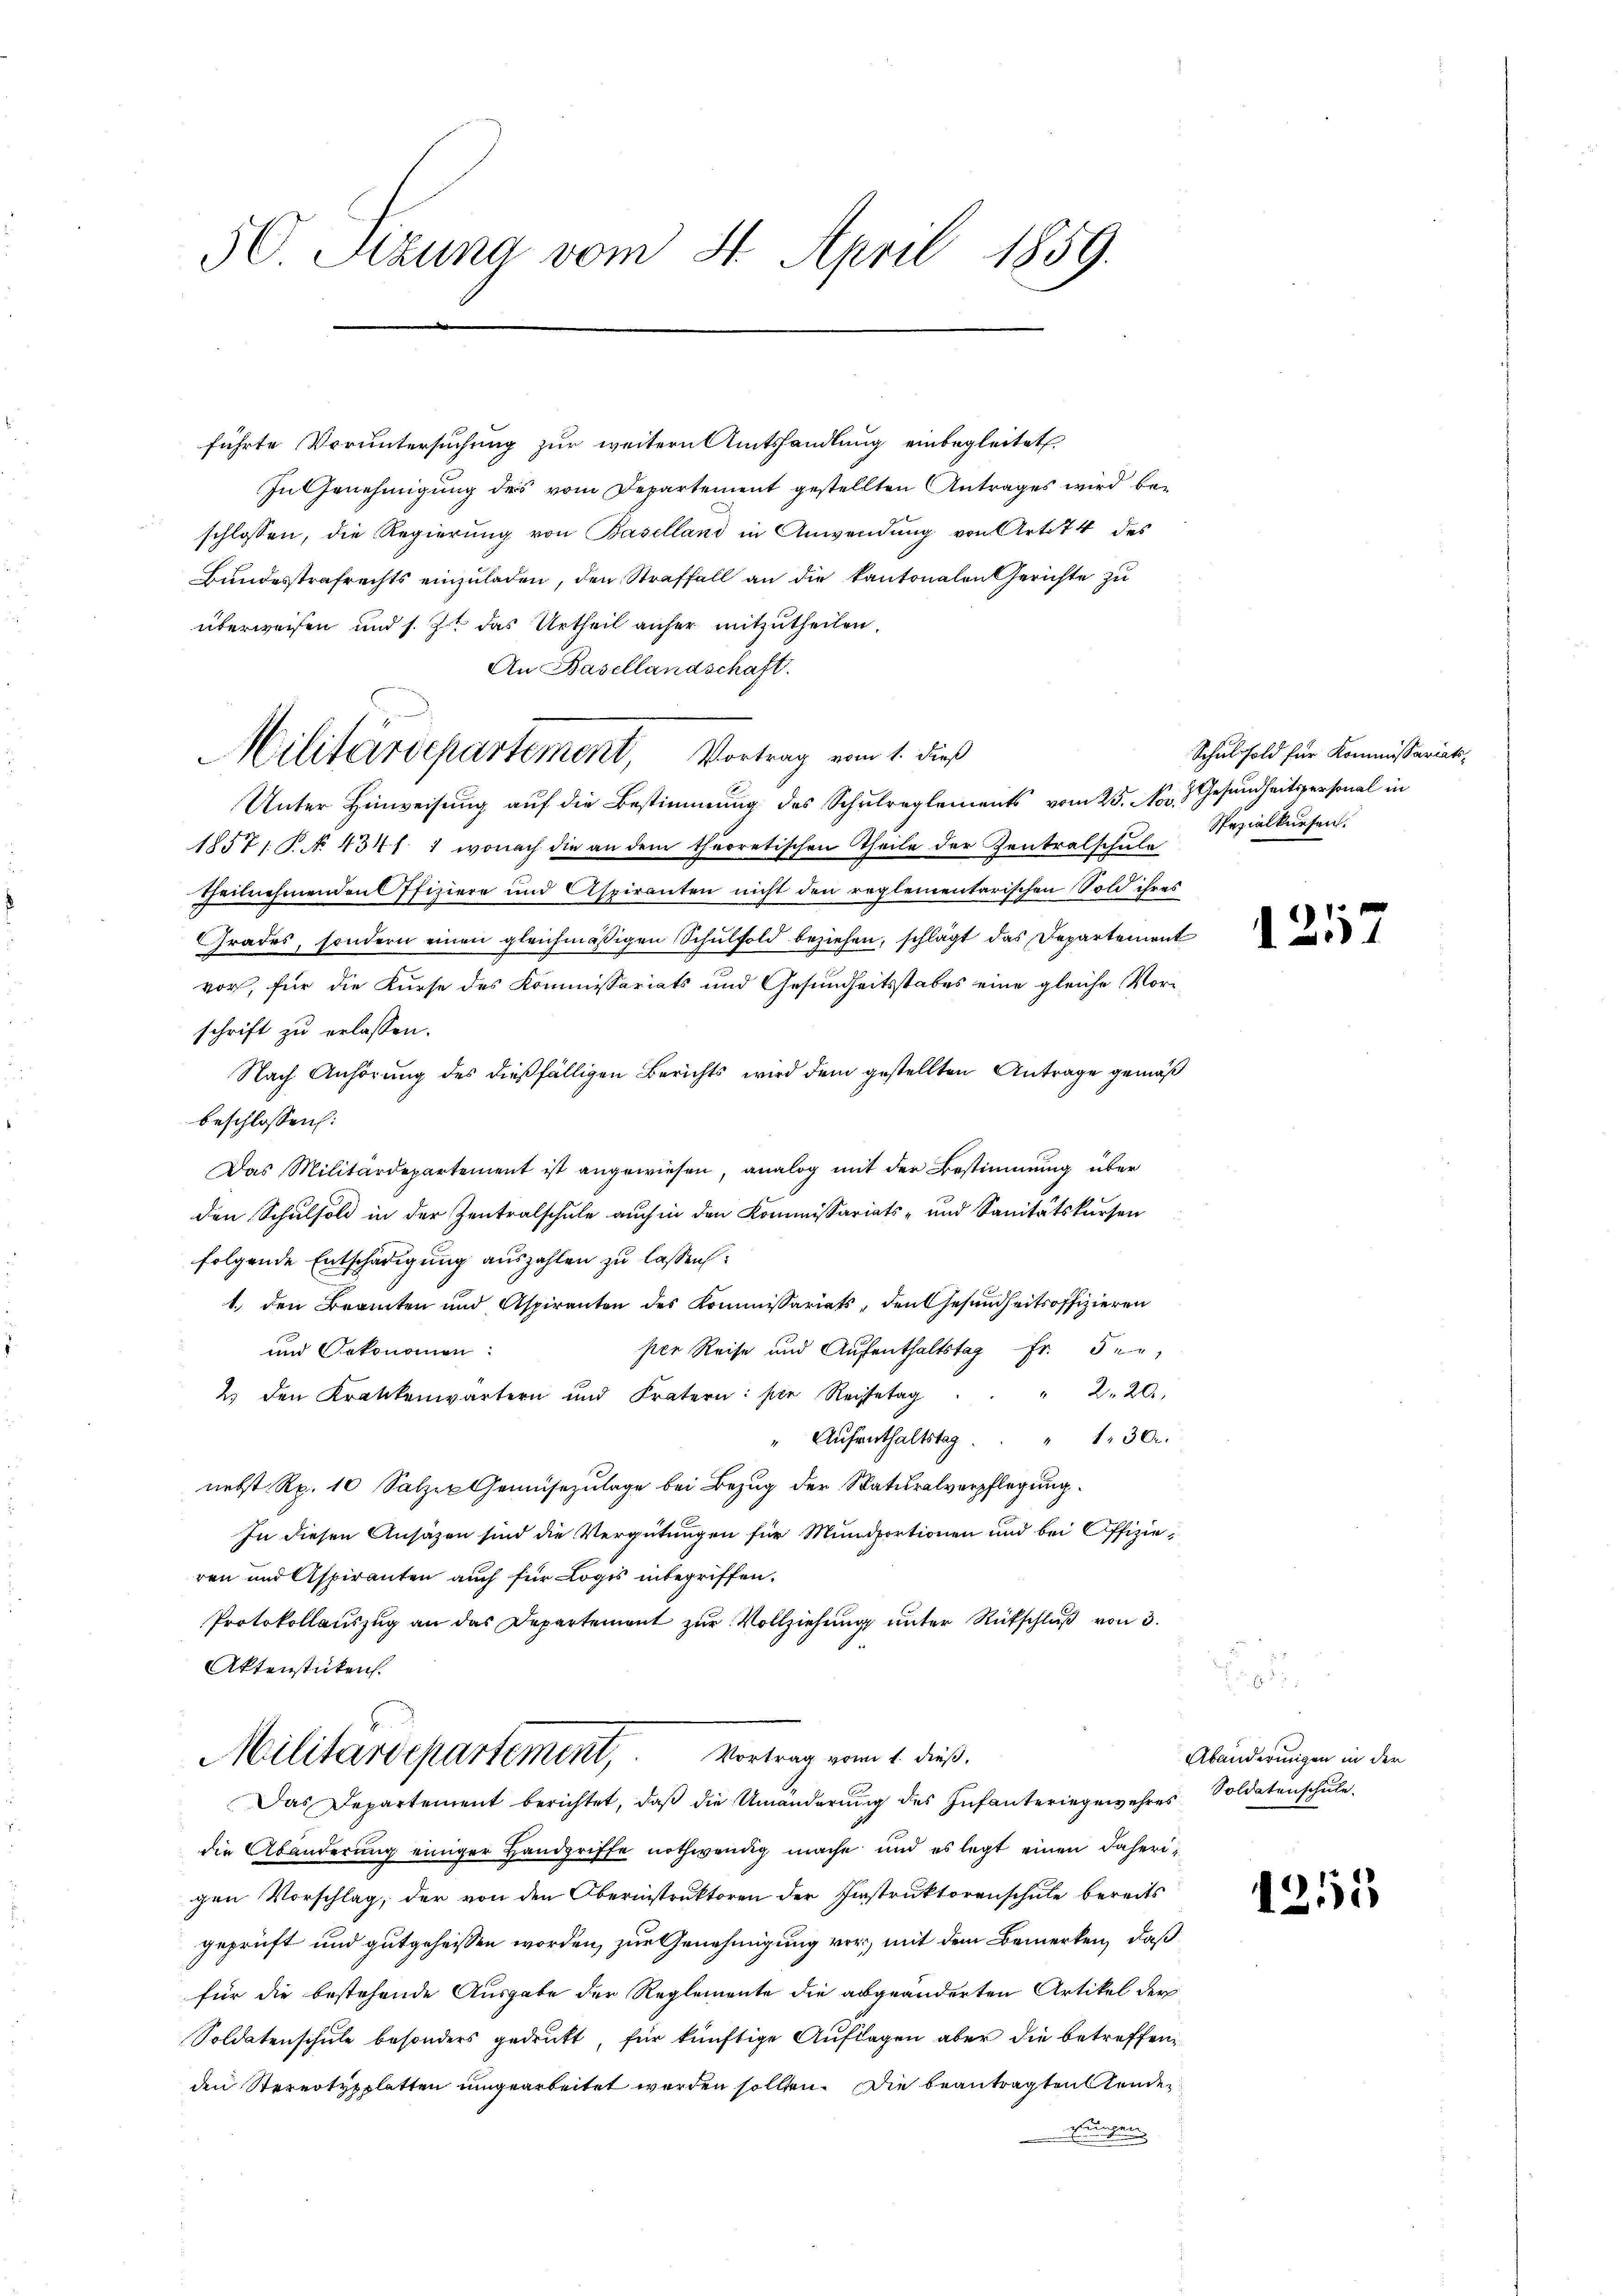
50 Tizuna vom 4. April 1859.

führte Voruntersuchung zur weitern Amtshandlung einbegleitet
In Genehmigung des vom Departement gestellten Antrages wird beschlossen, die Regierung von Baselland in Anwendung von Art. 74 des
Bundesstrafrechts einzuladen, den Straffall an die kantonalen Gerichte zu
überweisen und s. Z. das Urtheil anher mitzutheilen.
An Basellandschaft.
Unter Hinweisung auf die Bestimmung des Schulreglements vom 25. Nov. Gesundheitspersonal in
18571. P. No. 434 f. 1, wonach die an dem theoretischen Theile der Zentralschula
Theilnehmenden Offiziere und Aspiranten nicht den reglementarischen Sold ihres
Grades, sondern einen gleichmäßigen Schulsold beziehen, schlägt das Departement
vor, für die Kurse des Kommissariats und Gesundheitsstabes eine gleiche Vorschrift zu erlassen.
Nach Anhörung des dießfälligen Berichts wird dem gestellten Antrage gemäß
beschlossen:
Das Militärdepartement ist angewiesen, analog mit der Bestimmung über
den Schulsold in der Zentralschule auch in den Kommissariats- und Sanitätskursen
folgende Entschädigung auszahlen zu lassen:
1.) den Beamten und Aspiranten des Kommissariats, den Gesundheitsoffizieren
und Oekonomen.
per Reise und Aufenthaltstag Fr. 5 en
2) den Krankenwärtern und Fratern: Der Reisetag.  "  2. 20.
" Aŭfenthaltstag.  "  130.
nebst Rp. 10 Salzer Gemüsezulage bei Bezug der Saturalverpflegung.
In diesen Ansäzen sind die Vergütungen für Mundportionen und bei Offizieren und Aspiranten auch für Logis inbegriffen.
Protokollauszug an das Departement zur Vollziehung unter Rückschluß von 3.
Aktenstücken.

Militärdepartement, Vortrag vom 1. dieß

die Abänderung einiger Handgriffe nothwendig mache und es legt einen daherigen Vorschlag, der von den Oberinstruktoren der Instruktorenschule bereits
geprüft und gutgeheissen worden, zur Genehmigung vor, mit dem Bemerken, daß
für die bestehende Ausgabe der Reglemente die abgeänderten Artikel der
Soldatenschule besonders gedrukt, für künftige Auflagen aber die betreffen
den Sternotypplatten umgearbeitet werden sollten. Die beantragten ende
ungen

Militärdepartement, Vortrag vom 1. dieß.
Das Departement berichtet, daβ die Umänderŭng des Infanteringewehres Soldatenschŭle.

Schulsold für Kommissariats-
Spezialkiesen.

)
7

Abänderungen in der

1253